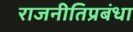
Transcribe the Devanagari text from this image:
राजनीतिप्रबंधा